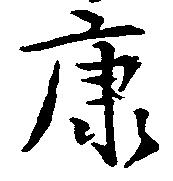
康